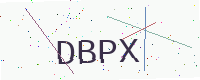
Text: DBPX